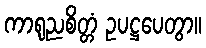
ကာရုညစိတ္တံ ဥပဋ္ဌပေတွာ။